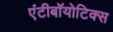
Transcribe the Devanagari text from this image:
एंटीबॉयोटिक्स